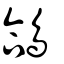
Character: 鴿